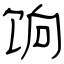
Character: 饷